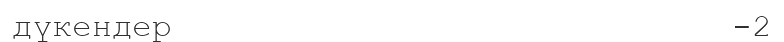
дүкендер                            -2